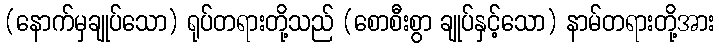
(နောက်မှချုပ်သော) ရုပ်တရားတို့သည် (စောစီးစွာ ချုပ်နှင့်သော) နာမ်တရားတို့အား